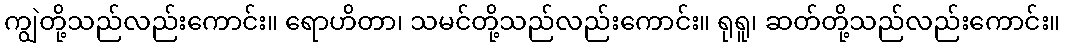
ကျွဲတို့သည်လည်းကောင်း။ ရောဟိတာ၊ သမင်တို့သည်လည်းကောင်း။ ရုရူ၊ ဆတ်တို့သည်လည်းကောင်း။